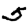
Digit: 5